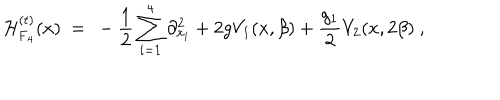
{ \cal H } _ { \mathrm { F _ { 4 } } } ^ { ( t ) } ( x ) \ = \ - \frac { 1 } { 2 } \sum _ { i = 1 } ^ { 4 } \partial _ { x _ { i } } ^ { 2 } + 2 g V _ { 1 } ( x , \beta ) + \frac { g _ { 1 } } { 2 } V _ { 2 } ( x , 2 \beta ) \ ,